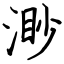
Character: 渺